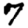
Digit: 7